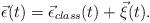
LaTeX: \begin{align*}\vec\epsilon(t)=\vec\epsilon_{class}(t)+\vec\xi(t). \end{align*}